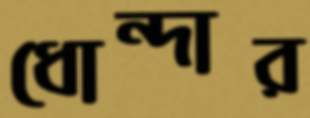
ধোন্দার